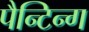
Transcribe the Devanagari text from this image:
पैन्टिन्ग